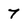
Character: 7